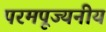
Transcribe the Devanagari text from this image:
परमपूज्‍यनीय